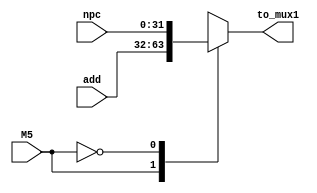
`timescale 1ns / 1ps
//////////////////////////////////////////////////////////////////////////////////
// Company: 
// Engineer: 
// 
// Design Name: 
// Module Name: MUX5
// Project Name: 
// Target Devices: 
// Tool Versions: 
// Description: 
// 
// Dependencies: 
// 
// Revision:
// Revision 0.01 - File Created
// Additional Comments:
// 
//////////////////////////////////////////////////////////////////////////////////


module MUX5(
    input [31 : 0] npc,//0
    input [31 : 0] add,//1
    input M5,
    output reg [31 : 0] to_mux1
    );
    always @(*)
    begin
    case(M5)
        1'b1: to_mux1 = add;
        1'b0: to_mux1 = npc;
        default:
        to_mux1 = add;
   endcase
   end
endmodule